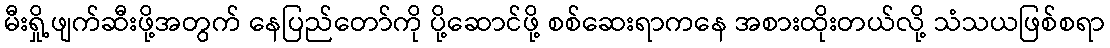
မီးရှို့ဖျက်ဆီးဖို့အတွက် နေပြည်တော်ကို ပို့ဆောင်ဖို့ စစ်ဆေးရာကနေ အစားထိုးတယ်လို့ သံသယဖြစ်စရာ